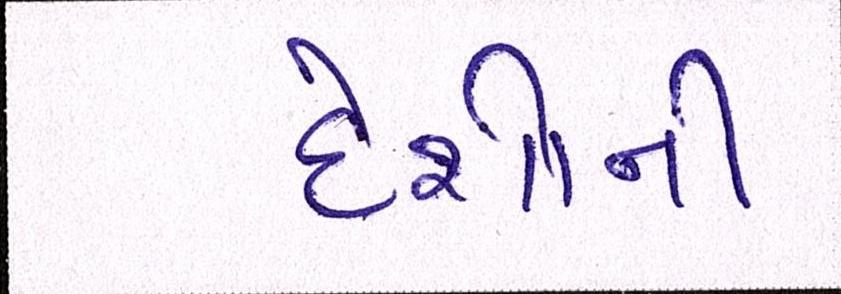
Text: દેશોની